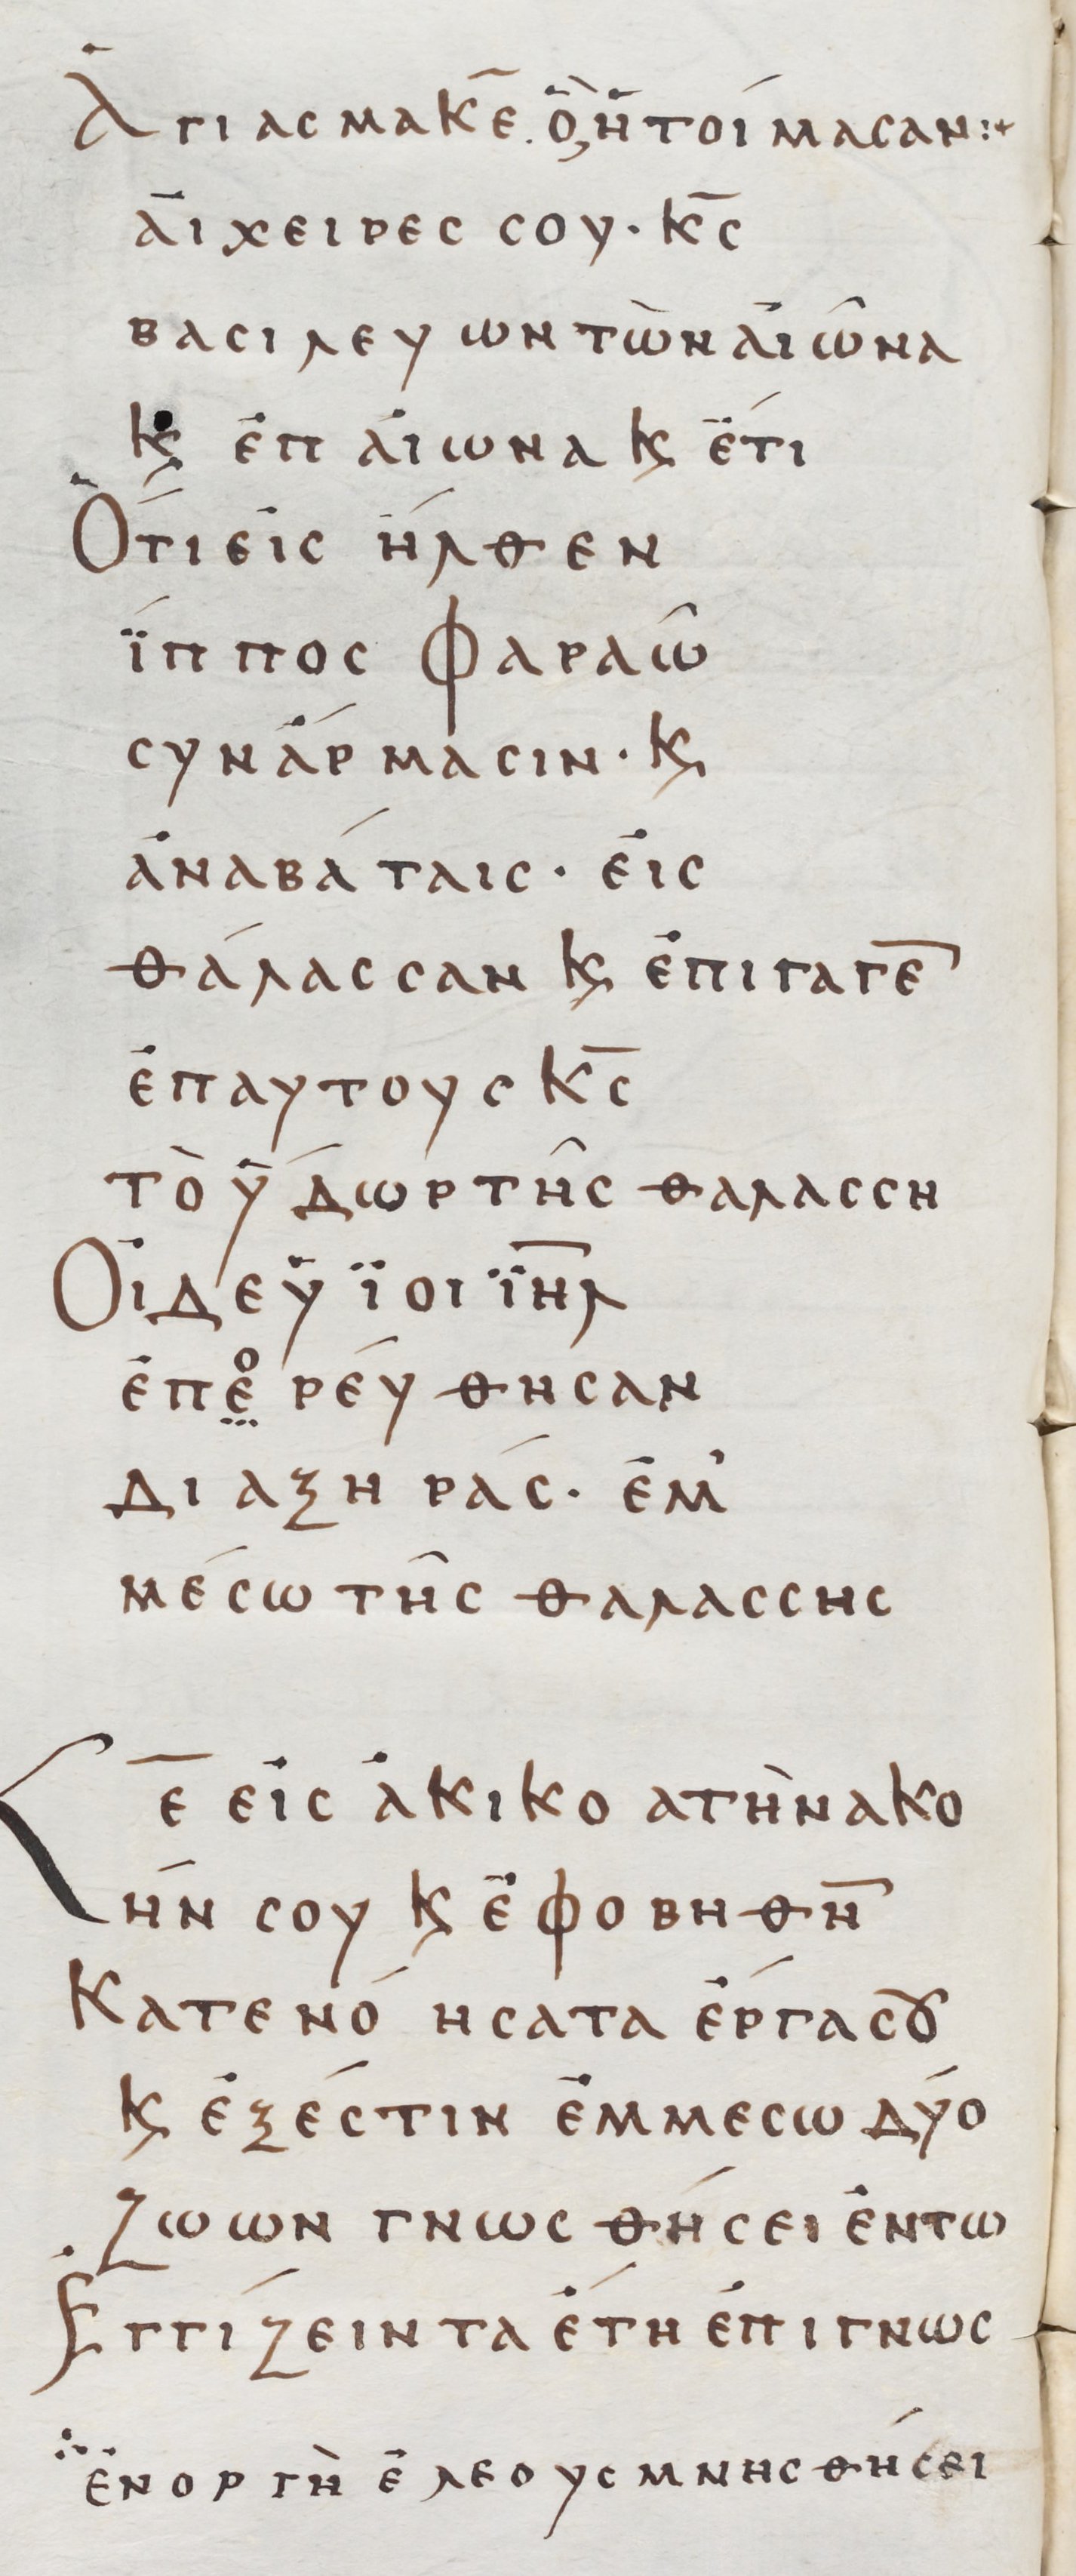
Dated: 800–999